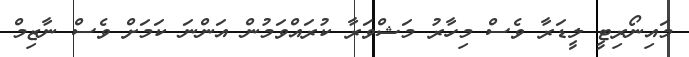
މައިނޯރިޓީ ލީޑަރާ ވެސް މިހާރު މަޝްވަރާ ކުރައްވަމުން އަންނަ ކަމަށް ވެސް ނާޒިމް